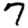
Digit: 7